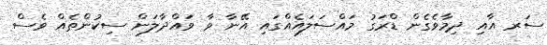
ސަރ އާއި ދިމާވެގެން ޑްރަގު މައްސަލައެއްގައި އޭނާ ވާ ވައްދާލަން ސިކުންތެއް ވެސް